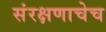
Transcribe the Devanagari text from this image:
संरक्षणाचेच